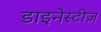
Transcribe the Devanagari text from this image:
डाइनेस्टीज़